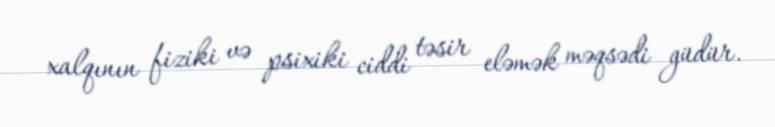
xalqının fiziki və psixiki ciddi təsir eləmək məqsədi güdür.